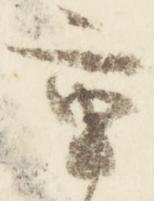
重